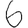
Digit: 6